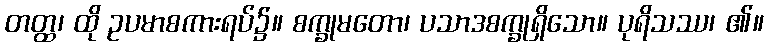
တတ္ထ၊ ထို ဥပမာစကားရပ်၌။ စက္ခုမတော၊ ပသာဒစက္ခုရှိသော။ ပုရိသဿ၊ ၏။